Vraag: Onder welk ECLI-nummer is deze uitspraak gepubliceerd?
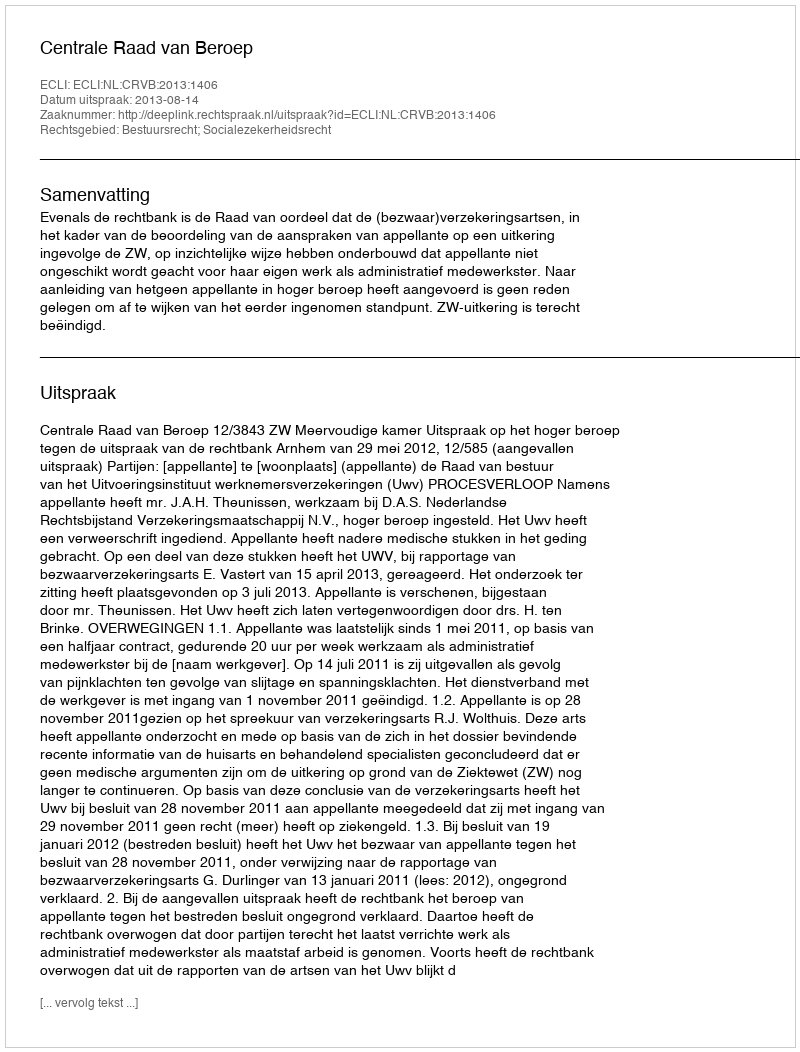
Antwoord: ECLI:NL:CRVB:2013:1406